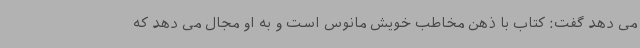
می دهد گفت: کتاب با ذهن مخاطب خویش مانوس است و به او مجال می دهد که